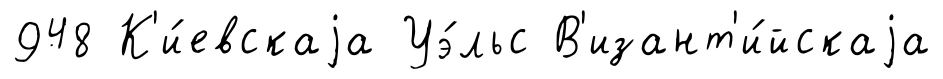
948 К'и́евскаjа Уэ́льс В'изант'и́йскаjа